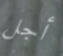
أجل